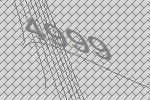
4999